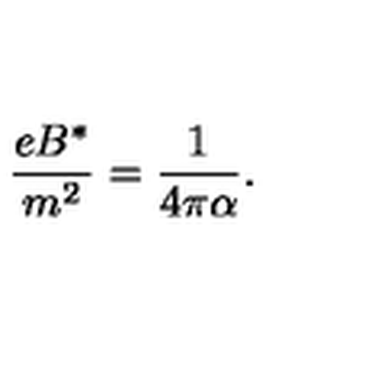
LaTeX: \frac { e B ^ { * } } { m ^ { 2 } } = \frac { 1 } { 4 \pi \alpha } .